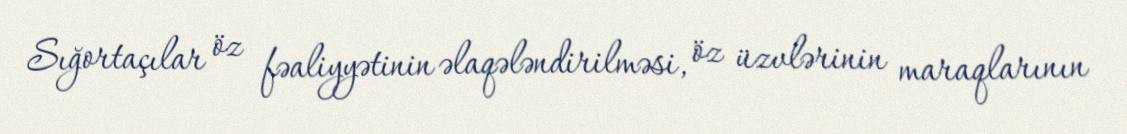
Sığortaçılar öz fəaliyyətinin əlaqələndirilməsi, öz üzvlərinin maraqlarının